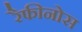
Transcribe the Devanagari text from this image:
रैफीनोस